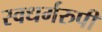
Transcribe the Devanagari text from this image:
स्वधर्मरुपी